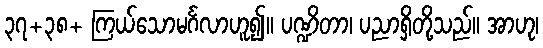
၃၇+၃၈+ ကြယ်သောမင်္ဂလာဟူ၍။ ပဏ္ဍိတာ၊ ပညာရှိတို့သည်။ အာဟု၊